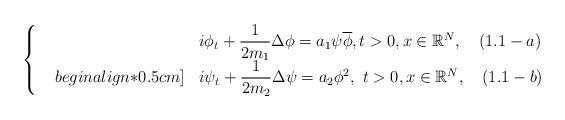
LaTeX: \begin{align*}\left\{~~\begin{array}{ll}&i\phi_t+\dfrac{1}{2m_1}\Delta\phi=a_1\psi\overline{\phi},t>0,x\in\mathbb{R}^N,\quad(1.1-a)\\begin{align*}0.5cm]&i\psi_t+\dfrac{1}{2m_2}\Delta\psi=a_2\phi^2,~t>0,x\in\mathbb{R}^N,\quad(1.1-b)\end{array}\right.\end{align*}